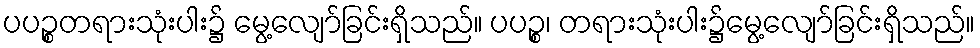
ပပဉ္စတရားသုံးပါး၌ မွေ့လျော်ခြင်းရှိသည်။ ပပဉ္စ၊ တရားသုံးပါး၌မွေ့လျော်ခြင်းရှိသည်။